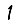
Digit: 1